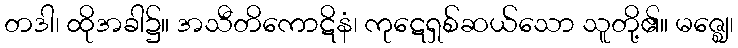
တဒါ၊ ထိုအခါ၌။ အသီတိကောဋိနံ၊ ကုဋေရှစ်ဆယ်သော သူတို့၏။ မဇ္ဈေ၊